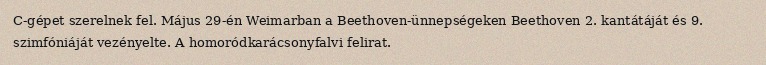
C-gépet szerelnek fel. Május 29-én Weimarban a Beethoven-ünnepségeken Beethoven 2. kantátáját és 9. szimfóniáját vezényelte. A homoródkarácsonyfalvi felirat.